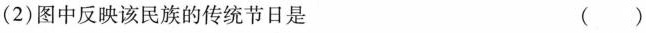
(2)图中反映该民族的传统节日是 ( )